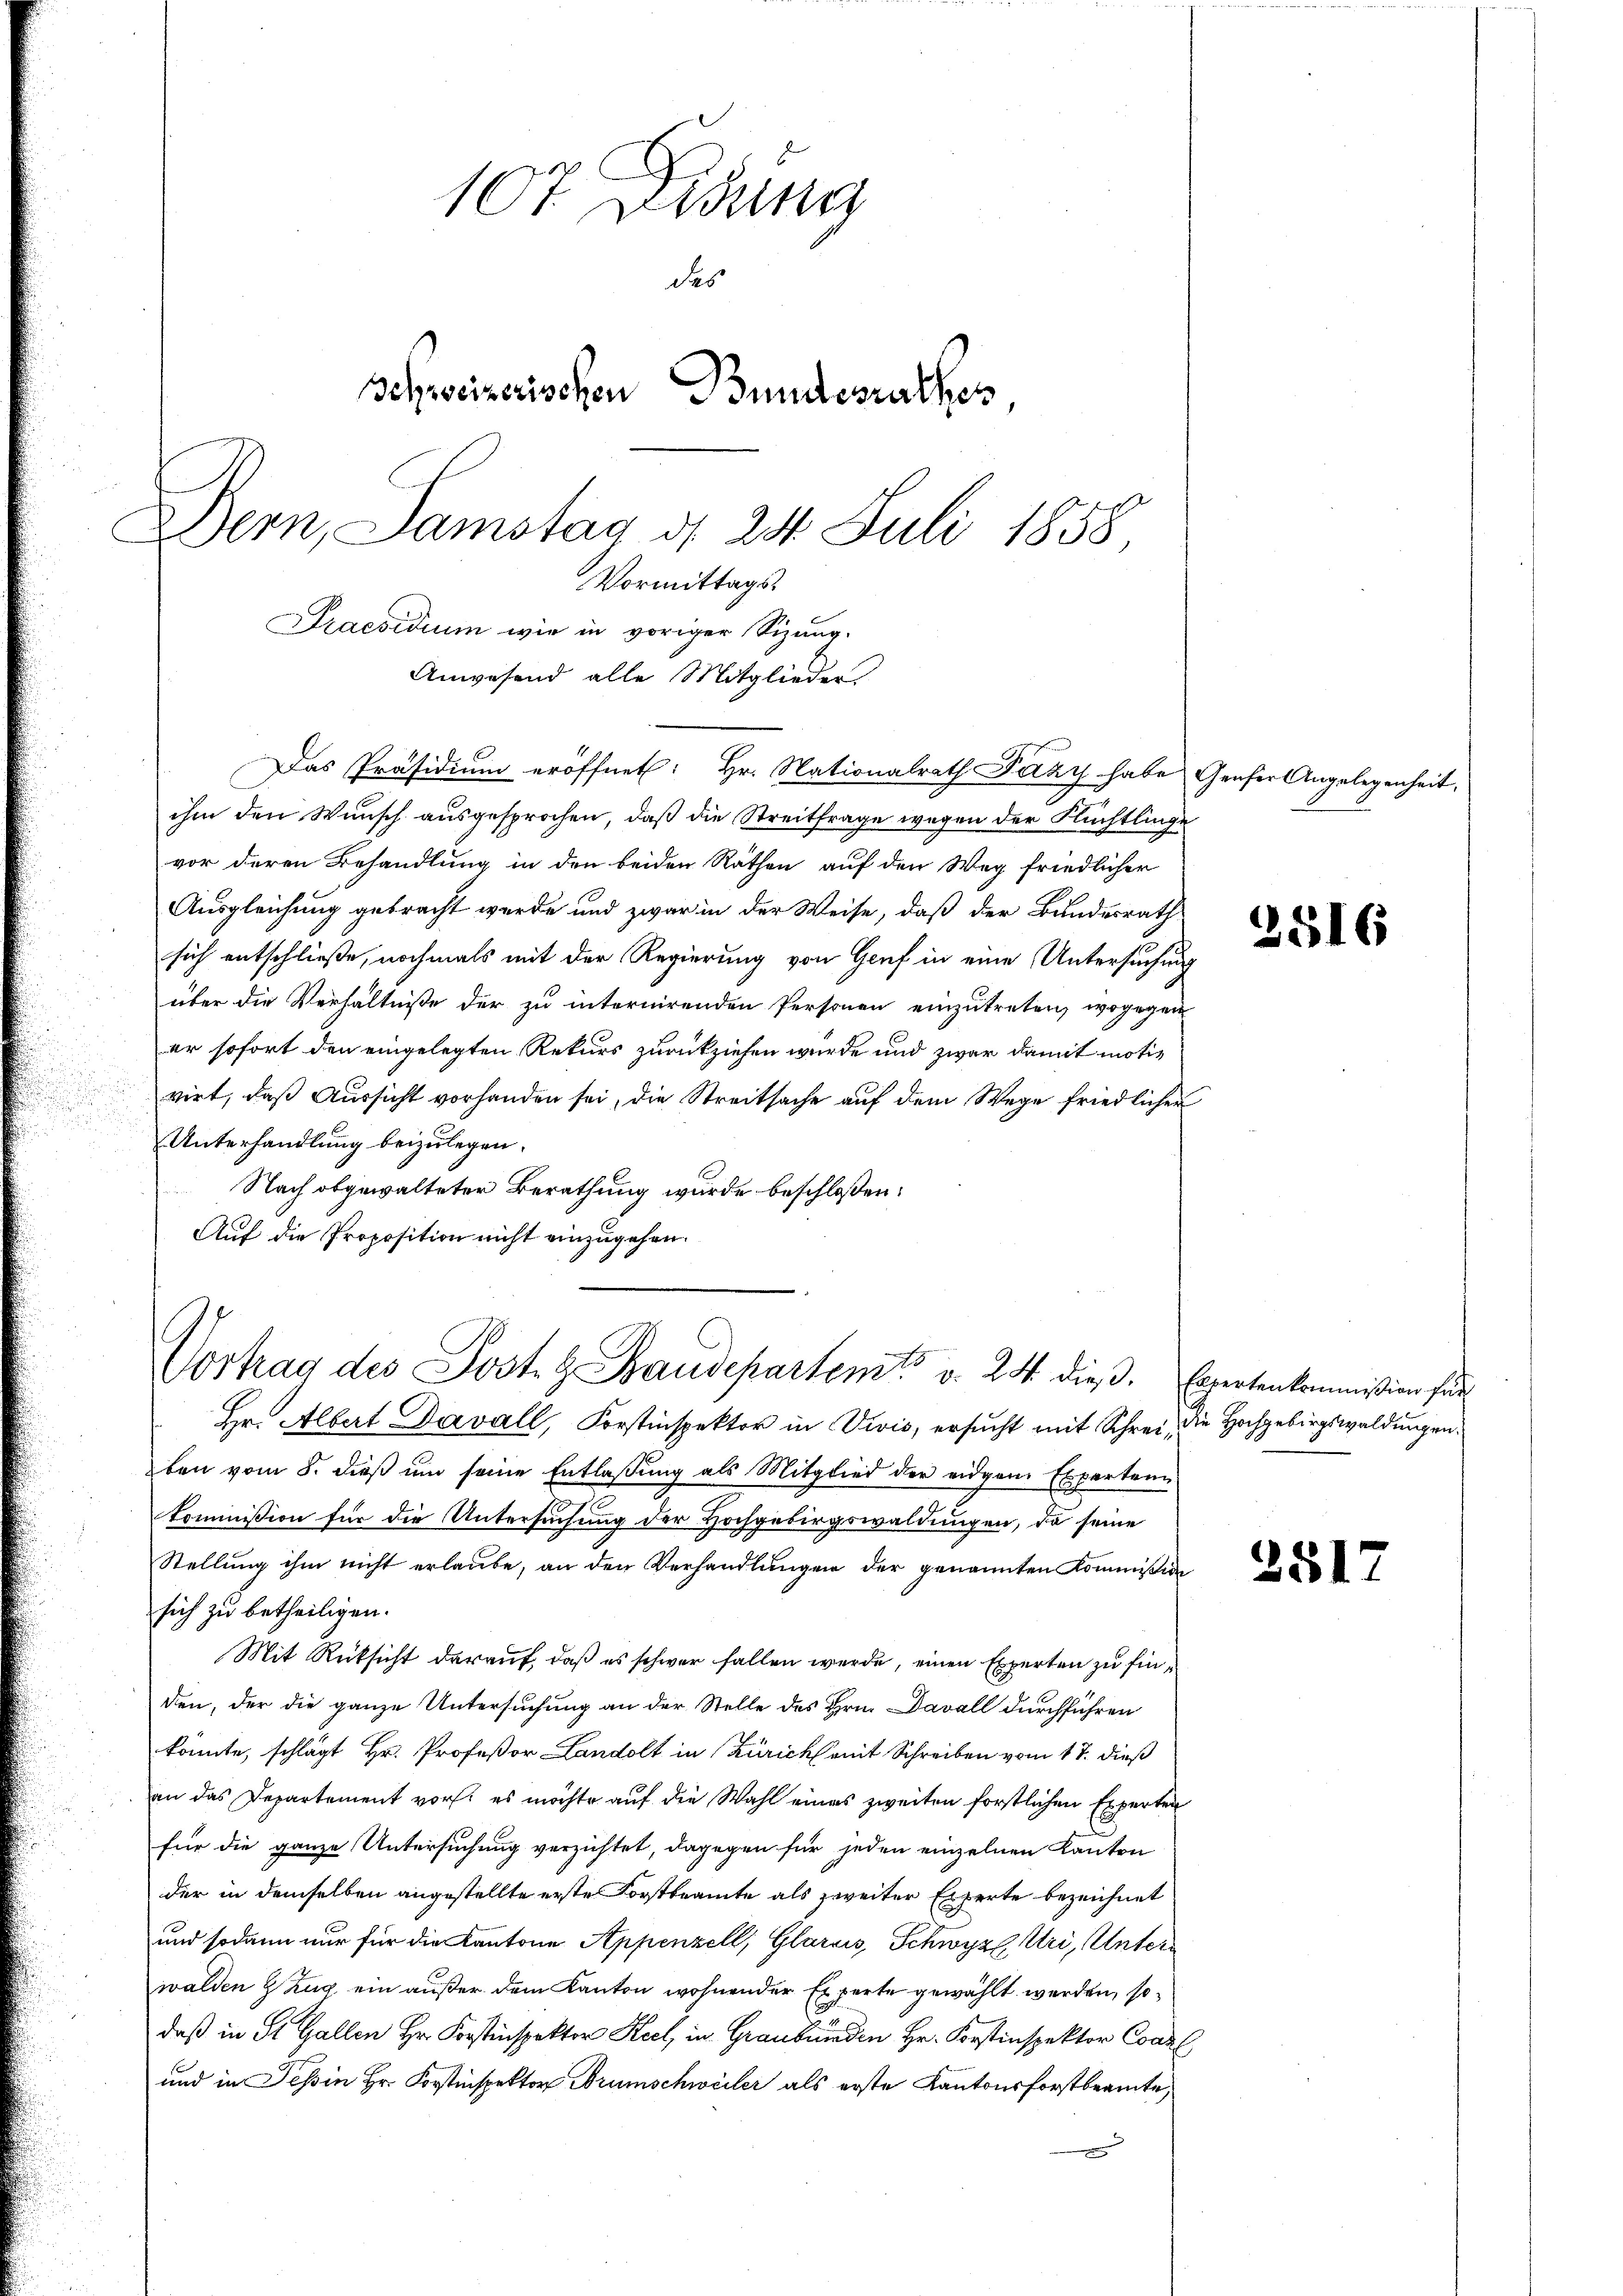
107 Didung
des
Schweizerischen Bundesrathes
Bern, Samstag d. 24. Juli 1858,
Vormittags
Praesidium wie in voriger Sizung.
Anwesend alle Mitglieder

ihm den Wunsch ausgesprochen, daß die Streitfrage wegen der Flüchtlinge
vor deren Behandlung in den beiden Räthen auf den Weg friedlicher
Ausgleichung gebracht werde und zwar in der Weise, daß der Bundesrath
sich entschließe, nochmals mit der Regierung von Genf in eine Untersuchung
über die Verhältniße der zu internirenden Personen einzutreten, wogegen
er sofort den eingelegten Rekurs zurückziehen wurde und zwar damit motivirt, daß Aussicht vorhanden sei, die Streitsache auf dem Wege friedlicher
Unterhandlung beizulegen.
Nach obgewalteter Berathung wurde beschloßen:
Auf die Proposition nicht einzugehen.

Das Präsidium eröffnet: Hr. Nationalrath Fäky habe Genfer Angelegenheit,

Vortrag des Post. H. Baudepartent v. 24. dieβ. Expertenkommission für

Hr. Albert Davall, Forstinspektor in Divis, ersucht mit Schrei die Hochgebirgswaldungen.
ben vom 8. dieß um seine Entlassung als Mitglied der eidgen. Experten
kommission für die Untersuchung der Hochgebirgswaldungen, da seine
Stellung ihm nicht erlaube, an den Verhandlungen der genannten Kommission
sich zu betheiligen.
Mit Rücksicht darauf, daß es schwer fallen werde, einen Experten zu finden, der die ganze Untersuchung an der Stelle des Hrn. Davall durchführen
könnte, schlägt Hr. Profeßor Landolt in Zürich mit Schreiben vom 17. dieß
an das Departement vor: es möchte auf die Wahl eines zweiten forstlichen Experten
für die ganze Untersuchung verzichtet, dagegen für jeden einzelnen Kanton
der in demselben angestellte erste Forstbeamte als zweiter Experte bezeichnet
und sodann nur für die Kantone Appenzell, Glarus, Schwyz, Uri, Unterwalden Zug ein außer dem Kanton wohnender Experte gewählt werden, sodaß in St. Gallen Hr. Forstinspektor Seel, in Graubünden Hr. Forstinspektor Concl
und in Tessin Hr. Forstinspektor Brumschweiler als erste Kantonsforstbeamte

251

281

6